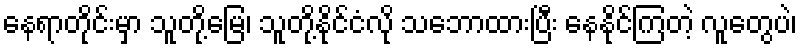
နေရာတိုင်းမှာ သူတို့မြေ၊ သူတို့နိုင်ငံလို သဘောထားပြီး နေနိုင်ကြတဲ့ လူတွေပဲ၊